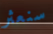
سنعثر